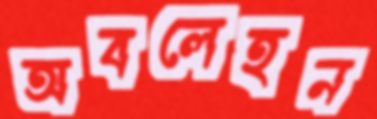
অবলেহন